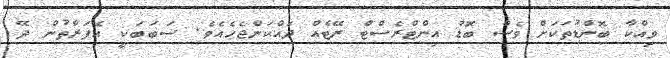
ވިއްކާ ބޮންޑުތަކަށް ވެސް ބޮޑު އިންޓްރެސްޓް ރޭޓެއް ދައްކަންޖެހެއެވެ. ސަބަބަކީ އެފަރާތުން ދޭ